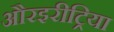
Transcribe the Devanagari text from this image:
औरइरीट्रिया